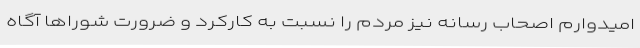
امیدوارم اصحاب رسانه نیز مردم را نسبت به کارکرد و ضرورت شوراها آگاه